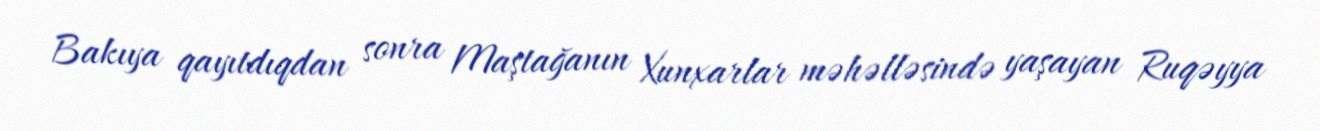
Bakıya qayıtdıqdan sonra Maştağanın Xunxarlar məhəlləsində yaşayan Ruqəyya